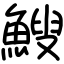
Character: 䱸